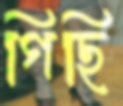
গিছি